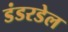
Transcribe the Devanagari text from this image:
डंडरडेल